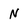
Character: N